Annual administration report of the Civil Veterinary Department of India - 1895-1896
Year: 1895
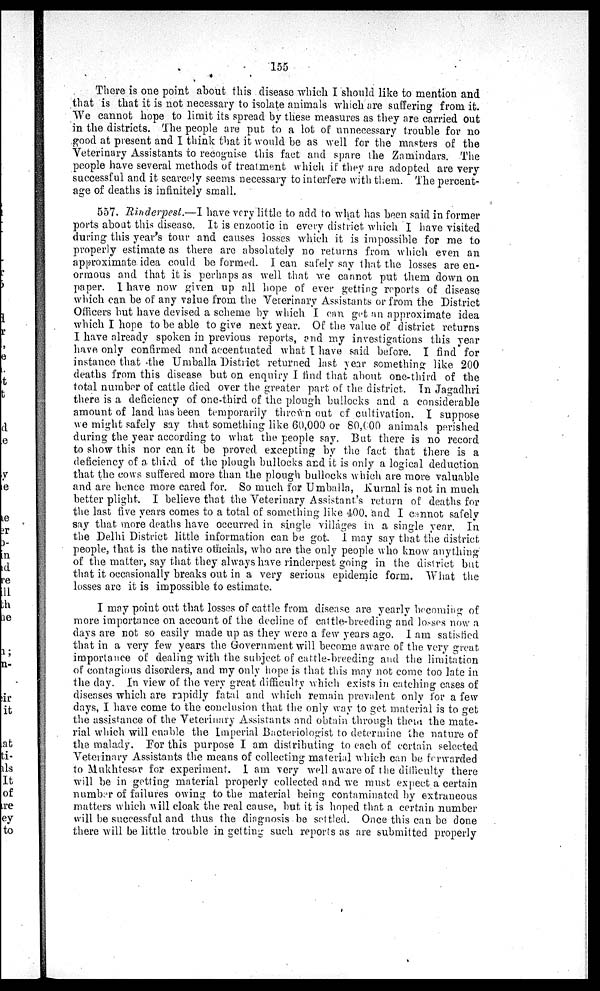
155
There is one point about this disease which I should like to mention and
that is that it is not necessary to isolate animals which are suffering from it.
We cannot hope to limit its spread by these measures as they are carried out
in the districts. The people are put to a lot of unnecessary trouble for no
good at present and I think that it would be as well for the masters of the
Veterinary Assistants to recognise this fact and spare the Zamindars. The
people have several methods of treatment which if they are adopted are very
successful and it scarcely seems necessary to interfere with them. The percent-
age of deaths is infinitely small.
557. Rinderpest.—I have very little to add to what has been said in former
ports about this disease. It is enzootic in every district which I have visited
during this year's tour and causes losses which it is impossible for me to
properly estimate as there are absolutely no returns from which even an
approximate idea could be formed. I can safely say that the losses are en-
ormous and that it is perhaps as well that we cannot put them down on
paper. I have now given up all hope of ever getting reports of disease
which can be of any value from the Veterinary Assistants or from the District
Officers but have devised a scheme by which I can get an approximate idea
which I hope to be able to give next year. Of the value of district returns
I have already spoken in previous reports, and my investigations this year
have only confirmed and accentuated what I have said before. I find for
instance that the Umballa District returned last year something like 200
deaths from this disease but on enquiry I find that about one-third of the
total number of cattle died over the greater part of the district. In Jagadhri
there is a deficiency of one-third of the plough bullocks and a considerable
amount of land has been temporarily thrown out of cultivation. I suppose
we might safely say that something like 60,000 or 80,000 animals perished
during the year according to what the people say. But there is no record
to show this nor can it be proved, excepting by the fact that there is a
deficiency of a third of the plough bullocks and it is only a logical deduction
that the cows suffered more than the plough bullocks which are more valuable
and are hence more cared for. So much for Umballa, Kurnal is not in much
better plight. I believe that the Veterinary Assistant's return of deaths for
the last five years comes to a total of something like 400, and I cannot safely
say that more deaths have occurred in single villages in a single year. In
the Delhi District little information can be got. I may say that the district
people, that is the native officials, who are the only people who know anything
of the matter, say that they always have rinderpest going in the district but
that it occasionally breaks out in a very serious epidemic form. What the
losses are it is impossible to estimate.
I may point out that losses of cattle from disease are yearly becoming of
more importance on account of the decline of cattle-breeding and losses now a
days are not so easily made up as they were a few years ago. I am satisfied
that in a very few years the Government will become aware of the very great
importance of dealing with the subject of cattle-breeding and the limitation
of contagious disorders, and my only hope is that this may not come too late in
the day. In view of the very great difficulty which exists in catching cases of
diseases which are rapidly fatal and which remain prevalent only for a few
days, I have come to the conclusion that the only way to get material is to get
the assistance of the Veterinary Assistants and obtain through them the mate-
rial which will enable the Imperial Bacteriologist to determine the nature of
the malady. For this purpose I am distributing to each of certain selected
Veterinary Assistants the means of collecting material which can be forwarded
to Mukhtesar for experiment. I am very well aware of the difficulty there
will be in getting material properly collected and we must expect a certain
number of failures owing to the material being contaminated by extraneous
matters which will cloak the real cause, but it is hoped that a certain number
will be successful and thus the diagnosis be settled. Once this can be done
there will be little trouble in getting such reports as are submitted properly